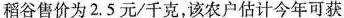
稻谷售价为2.5元/千克，该农户估计今年可获